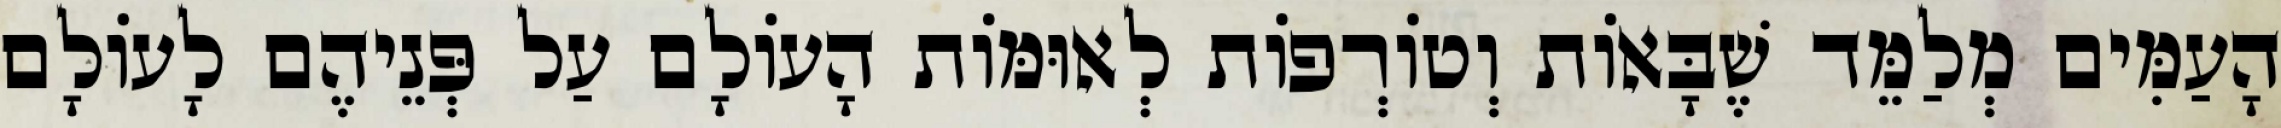
הָעַמִּים מְלַמֵּד שֶׁבָּאוֹת וְטוֹרְפוֹת לְאוּמּוֹת הָעוֹלָם עַל פְּנֵיהֶם לָעוֹלָם